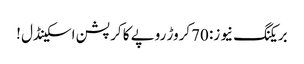
بریکنگ نیوز: 70کروڑ روپے کا کرپشن اسکینڈل !